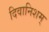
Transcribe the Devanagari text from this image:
दिवानिशम्